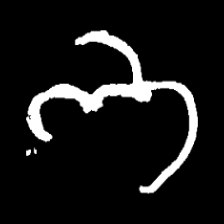
Pyu character \u2014 Myanmar letter: ဘ (romanized: bha)